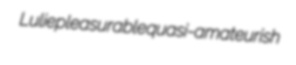
Lulie pleasurable quasi-amateurish